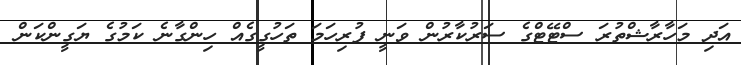
އަދި މަހާރާޝްތުރަ ސްޓޭޓްގެ ސަރުކާރުން ވަނީ ފުރިހަމަ ތަހުގީގެއް ހިންގާނެ ކަމުގެ ޔަގީންކަން